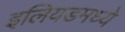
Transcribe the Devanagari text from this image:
इलियडमध्ये